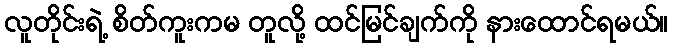
လူတိုင်းရဲ့ စိတ်ကူးကမ တူလို့ ထင်မြင်ချက်ကို နားထောင်ရမယ်။